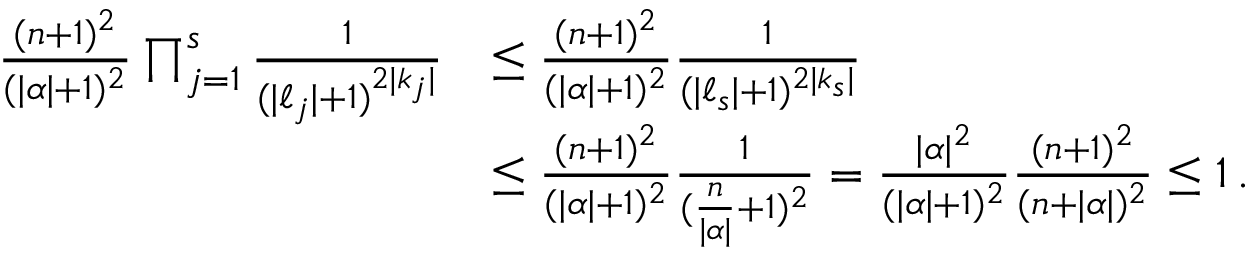
\begin{array} { r l } { \frac { ( n + 1 ) ^ { 2 } } { ( | { \boldsymbol { \alpha } } | + 1 ) ^ { 2 } } \prod _ { j = 1 } ^ { s } \frac { 1 } { ( | { \boldsymbol { \ell } } _ { j } | + 1 ) ^ { 2 | { \boldsymbol { k } } _ { j } | } } } & { \leq \frac { ( n + 1 ) ^ { 2 } } { ( | { \boldsymbol { \alpha } } | + 1 ) ^ { 2 } } \frac { 1 } { ( | { \boldsymbol { \ell } } _ { s } | + 1 ) ^ { 2 | { \boldsymbol { k } } _ { s } | } } } \\ & { \leq \frac { ( n + 1 ) ^ { 2 } } { ( | { \boldsymbol { \alpha } } | + 1 ) ^ { 2 } } \frac { 1 } { ( \frac { n } { | { \boldsymbol { \alpha } } | } + 1 ) ^ { 2 } } = \frac { | { \boldsymbol { \alpha } } | ^ { 2 } } { ( | { \boldsymbol { \alpha } } | + 1 ) ^ { 2 } } \frac { ( n + 1 ) ^ { 2 } } { ( n + | { \boldsymbol { \alpha } } | ) ^ { 2 } } \leq 1 \, . } \end{array}